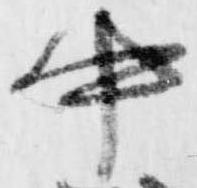
中